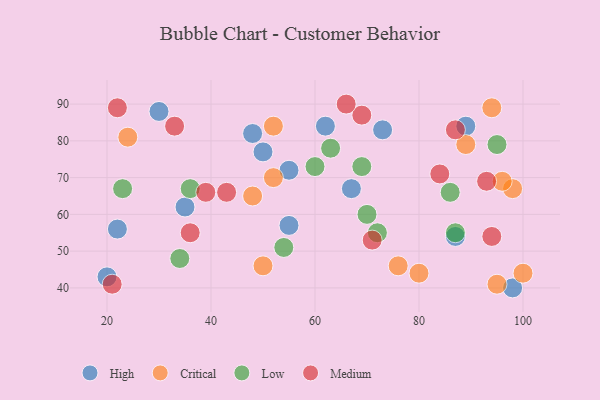
{"axis": {"x": "GDP", "y": "Life Expectancy"}, "legend": ["Critical", "High", "Low", "Medium"], "data": [{"x": "89", "y": 84, "type": "High"}, {"x": "87", "y": 54, "type": "High"}, {"x": "98", "y": 40, "type": "High"}, {"x": "55", "y": 72, "type": "High"}, {"x": "22", "y": 56, "type": "High"}, {"x": "30", "y": 88, "type": "High"}, {"x": "50", "y": 77, "type": "High"}, {"x": "20", "y": 43, "type": "High"}, {"x": "73", "y": 83, "type": "High"}, {"x": "35", "y": 62, "type": "High"}, {"x": "67", "y": 67, "type": "High"}, {"x": "62", "y": 84, "type": "High"}, {"x": "48", "y": 82, "type": "High"}, {"x": "55", "y": 57, "type": "High"}, {"x": "76", "y": 46, "type": "Critical"}, {"x": "24", "y": 81, "type": "Critical"}, {"x": "80", "y": 44, "type": "Critical"}, {"x": "100", "y": 44, "type": "Critical"}, {"x": "98", "y": 67, "type": "Critical"}, {"x": "48", "y": 65, "type": "Critical"}, {"x": "95", "y": 41, "type": "Critical"}, {"x": "52", "y": 84, "type": "Critical"}, {"x": "89", "y": 79, "type": "Critical"}, {"x": "52", "y": 70, "type": "Critical"}, {"x": "94", "y": 89, "type": "Critical"}, {"x": "50", "y": 46, "type": "Critical"}, {"x": "96", "y": 69, "type": "Critical"}, {"x": "87", "y": 55, "type": "Low"}, {"x": "54", "y": 51, "type": "Low"}, {"x": "70", "y": 60, "type": "Low"}, {"x": "60", "y": 73, "type": "Low"}, {"x": "95", "y": 79, "type": "Low"}, {"x": "34", "y": 48, "type": "Low"}, {"x": "69", "y": 73, "type": "Low"}, {"x": "36", "y": 67, "type": "Low"}, {"x": "86", "y": 66, "type": "Low"}, {"x": "72", "y": 55, "type": "Low"}, {"x": "63", "y": 78, "type": "Low"}, {"x": "23", "y": 67, "type": "Low"}, {"x": "87", "y": 83, "type": "Medium"}, {"x": "22", "y": 89, "type": "Medium"}, {"x": "21", "y": 41, "type": "Medium"}, {"x": "69", "y": 87, "type": "Medium"}, {"x": "33", "y": 84, "type": "Medium"}, {"x": "43", "y": 66, "type": "Medium"}, {"x": "94", "y": 54, "type": "Medium"}, {"x": "93", "y": 69, "type": "Medium"}, {"x": "84", "y": 71, "type": "Medium"}, {"x": "66", "y": 90, "type": "Medium"}, {"x": "36", "y": 55, "type": "Medium"}, {"x": "39", "y": 66, "type": "Medium"}, {"x": "71", "y": 53, "type": "Medium"}]}